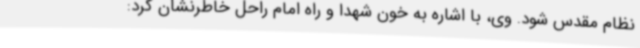
نظام مقدس شود. وی، با اشاره به خون شهدا و راه امام راحل خاطرنشان کرد: